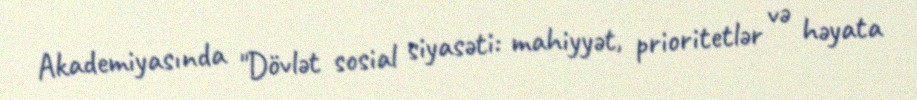
Akademiyasında "Dövlət sosial siyasəti: mahiyyət, prioritetlər və həyata